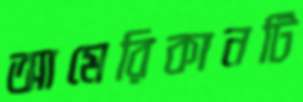
আমেরিকানটি